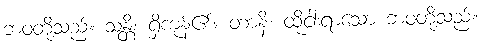
ဘဝတို့သည်။ သန္တိ၊ ရှိကုန်၏။ တာနိ၊ ထိုငါးရာသော ဘဝတို့သည်။